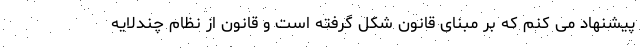
پیشنهاد می کنم که بر مبنای قانون شکل گرفته است و قانون از نظام چندلایه